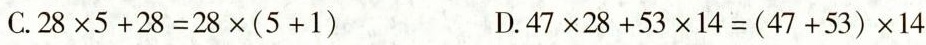
C.$$2 8 \times 5 + 2 8 = 2 8 \times ( 5 + 1 )$$ D.$$4 7 \times 2 8 + 5 3 \timse 1 4 = ( 4 7 + 5 3 ) \timse 1 4$$